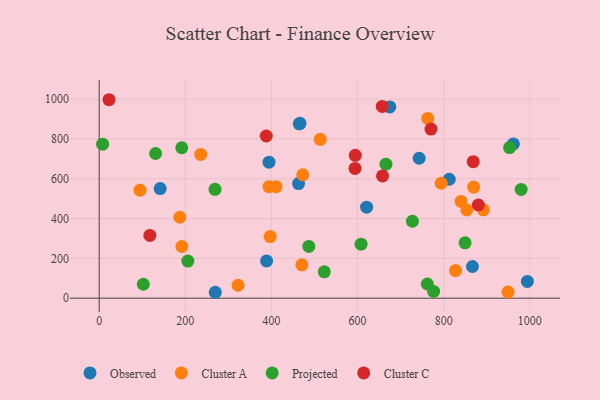
{"axis": {"x": "Distance", "y": "Rating"}, "legend": ["Cluster A", "Cluster C", "Observed", "Projected"], "data": [{"x": "388.8", "y": 187.2, "type": "Observed"}, {"x": "994.5", "y": 84.1, "type": "Observed"}, {"x": "962.0", "y": 775.3, "type": "Observed"}, {"x": "463.0", "y": 576.0, "type": "Observed"}, {"x": "141.6", "y": 550.8, "type": "Observed"}, {"x": "394.4", "y": 683.2, "type": "Observed"}, {"x": "466.3", "y": 878.4, "type": "Observed"}, {"x": "675.0", "y": 961.2, "type": "Observed"}, {"x": "269.7", "y": 29.7, "type": "Observed"}, {"x": "866.9", "y": 159.1, "type": "Observed"}, {"x": "813.1", "y": 597.5, "type": "Observed"}, {"x": "464.7", "y": 876.0, "type": "Observed"}, {"x": "621.1", "y": 457.1, "type": "Observed"}, {"x": "743.2", "y": 703.2, "type": "Observed"}, {"x": "827.5", "y": 138.9, "type": "Cluster A"}, {"x": "410.8", "y": 560.2, "type": "Cluster A"}, {"x": "187.3", "y": 406.8, "type": "Cluster A"}, {"x": "840.5", "y": 486.4, "type": "Cluster A"}, {"x": "322.5", "y": 64.9, "type": "Cluster A"}, {"x": "192.0", "y": 259.7, "type": "Cluster A"}, {"x": "397.2", "y": 309.6, "type": "Cluster A"}, {"x": "394.4", "y": 560.2, "type": "Cluster A"}, {"x": "853.8", "y": 443.5, "type": "Cluster A"}, {"x": "472.9", "y": 619.7, "type": "Cluster A"}, {"x": "94.8", "y": 542.6, "type": "Cluster A"}, {"x": "470.8", "y": 167.6, "type": "Cluster A"}, {"x": "949.6", "y": 30.5, "type": "Cluster A"}, {"x": "513.5", "y": 798.1, "type": "Cluster A"}, {"x": "763.1", "y": 903.0, "type": "Cluster A"}, {"x": "794.1", "y": 577.5, "type": "Cluster A"}, {"x": "892.1", "y": 444.1, "type": "Cluster A"}, {"x": "235.9", "y": 722.6, "type": "Cluster A"}, {"x": "869.7", "y": 558.3, "type": "Cluster A"}, {"x": "486.9", "y": 260.0, "type": "Projected"}, {"x": "727.5", "y": 386.5, "type": "Projected"}, {"x": "953.2", "y": 756.8, "type": "Projected"}, {"x": "762.1", "y": 71.3, "type": "Projected"}, {"x": "191.8", "y": 756.0, "type": "Projected"}, {"x": "8.0", "y": 774.1, "type": "Projected"}, {"x": "666.0", "y": 673.4, "type": "Projected"}, {"x": "205.9", "y": 186.4, "type": "Projected"}, {"x": "776.7", "y": 34.2, "type": "Projected"}, {"x": "131.0", "y": 727.0, "type": "Projected"}, {"x": "522.8", "y": 132.6, "type": "Projected"}, {"x": "269.0", "y": 546.9, "type": "Projected"}, {"x": "102.5", "y": 70.0, "type": "Projected"}, {"x": "608.2", "y": 271.5, "type": "Projected"}, {"x": "980.0", "y": 546.3, "type": "Projected"}, {"x": "849.8", "y": 278.4, "type": "Projected"}, {"x": "657.4", "y": 963.4, "type": "Cluster C"}, {"x": "868.7", "y": 686.0, "type": "Cluster C"}, {"x": "117.7", "y": 315.4, "type": "Cluster C"}, {"x": "388.1", "y": 814.9, "type": "Cluster C"}, {"x": "880.6", "y": 468.3, "type": "Cluster C"}, {"x": "594.7", "y": 717.9, "type": "Cluster C"}, {"x": "22.8", "y": 997.2, "type": "Cluster C"}, {"x": "658.1", "y": 614.4, "type": "Cluster C"}, {"x": "770.7", "y": 849.6, "type": "Cluster C"}, {"x": "594.2", "y": 651.9, "type": "Cluster C"}]}